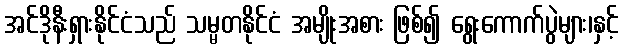
အင်ဒိုနီးရှားနိုင်ငံသည် သမ္မတနိုင်ငံ အမျိုးအစား ဖြစ်၍ ရွေးကောက်ပွဲများ၊နှင့်